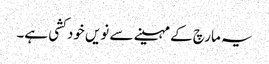
یہ مارچ کے مہینے سے نویں خود کشی ہے۔